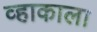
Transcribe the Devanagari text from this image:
व्हाकाला